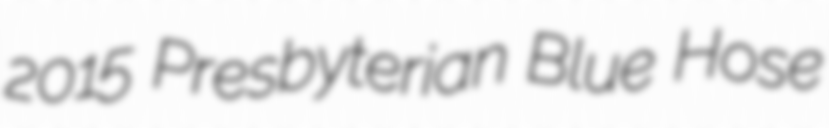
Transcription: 2015 Presbyterian Blue Hose